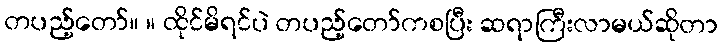
တပည့်တော်။ ။ ထိုင်မိရင်ပဲ တပည့်တော်ကစပြီး ဆရာကြီးလာမယ်ဆိုတာ